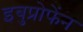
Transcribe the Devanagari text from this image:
इबुप्रोफेंन